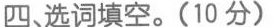
四 选词填空.(10 分)